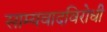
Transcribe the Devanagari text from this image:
साम्यवादविरोधी